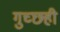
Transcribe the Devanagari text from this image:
गुच्छही